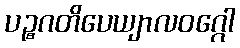
ပဉ္စဂတိပေယျာလဝဂ္ဂေါ